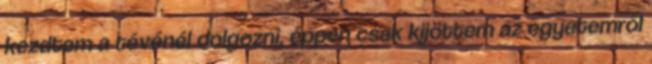
kezdtem a tévénél dolgozni, éppen csak kijöttem az egyetemről